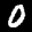
Digit: 0